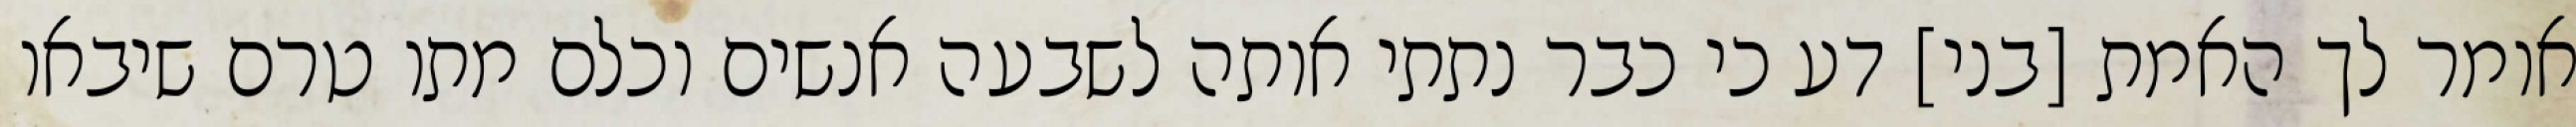
אומר לך האמת [בני] דע כי כבר נתתי אותה לשבעה אנשים וכלם מתו טרם שיבאו